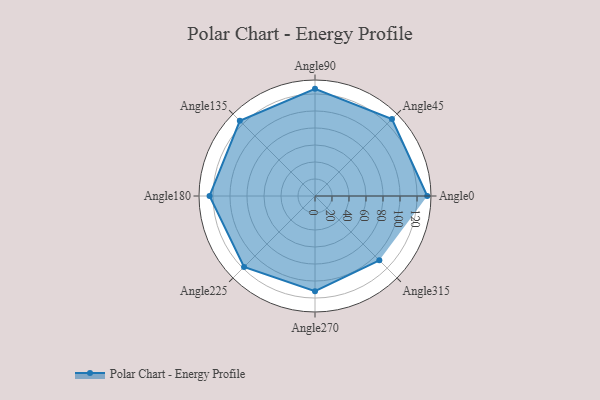
{"axis": {"x": "Angle", "y": "Radius"}, "legend": [""], "data": [{"x": "Angle0", "y": 132.0, "type": ""}, {"x": "Angle45", "y": 128.0, "type": ""}, {"x": "Angle90", "y": 126.0, "type": ""}, {"x": "Angle135", "y": 125.0, "type": ""}, {"x": "Angle180", "y": 124.0, "type": ""}, {"x": "Angle225", "y": 118.0, "type": ""}, {"x": "Angle270", "y": 112.0, "type": ""}, {"x": "Angle315", "y": 107.0, "type": ""}]}